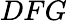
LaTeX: DFG